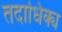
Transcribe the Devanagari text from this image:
तदाधिक्य